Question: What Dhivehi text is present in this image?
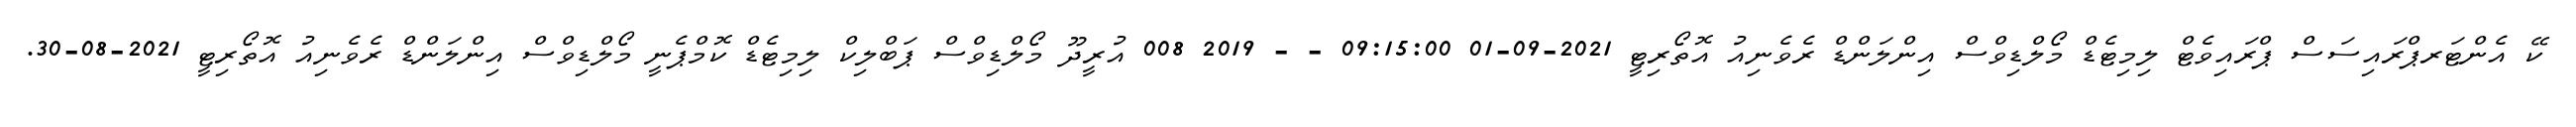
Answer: ކޭ އެންޓަރޕްރައިސަސް ޕްރައިވެޓް ލިމިޓެޑް މޯލްޑިވްސް އިންލަންޑް ރެވެނިއު އޮތޯރިޓީ 2021-09-01 09:15:00 - - 2019 008 އުރީދޫ މޯލްޑިވްސް ޕަބްލިކް ލިމިޓެޑް ކޮމްޕެނީ މޯލްޑިވްސް އިންލަންޑް ރެވެނިއު އޮތޯރިޓީ 2021-08-30.